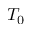
T _ { 0 }